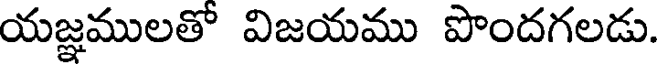
యజ్ఞములతో విజయము పొందగలడు.